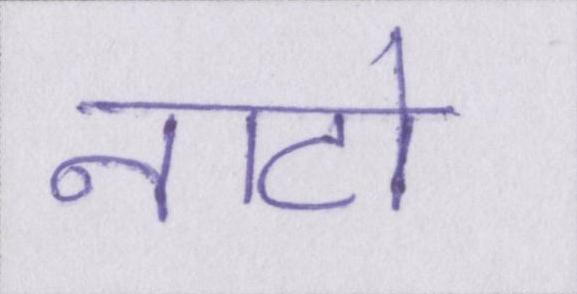
नाटो